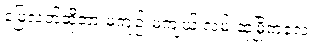
မြေလတ်ဆိုတာ မကျဉ်းမကျယ် လမ်းဆုံမြို့ကလေး။